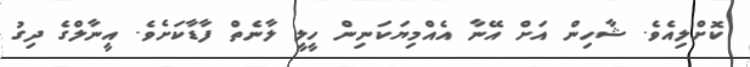
ކޮށްލިއެވެ. ޝާހިން އަށް އޭނާ އެއްމިޔަކަނިން ހީލީ ލާނެތް ފާޑާކަށެވެ. އީނާލްގެ ދިގު